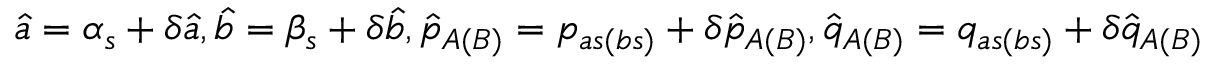
\hat { a } = \alpha _ { s } + \delta \hat { a } , \hat { b } = \beta _ { s } + \delta \hat { b } , \hat { p } _ { A ( B ) } = p _ { a s ( b s ) } + \delta \hat { p } _ { A ( B ) } , \hat { q } _ { A ( B ) } = q _ { a s ( b s ) } + \delta \hat { q } _ { A ( B ) }